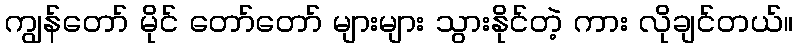
ကျွန်တော် မိုင် တော်တော် များများ သွားနိုင်တဲ့ ကား လိုချင်တယ်။